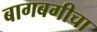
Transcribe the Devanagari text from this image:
बागबगीचा